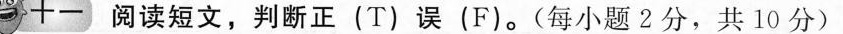
十一 阅读短文,判断正(T)误(F).(每小题 2分,共 10 分)